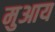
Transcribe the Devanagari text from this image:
मुआय